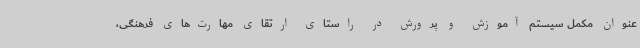
عنوان مکمل سیستم آموزش و پرورش در راستای ارتقای مهارت‌های فرهنگی،